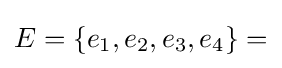
E=\{e_{1},e_{2},e_{3},e_{4}\}=